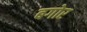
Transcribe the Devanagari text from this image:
बगोर